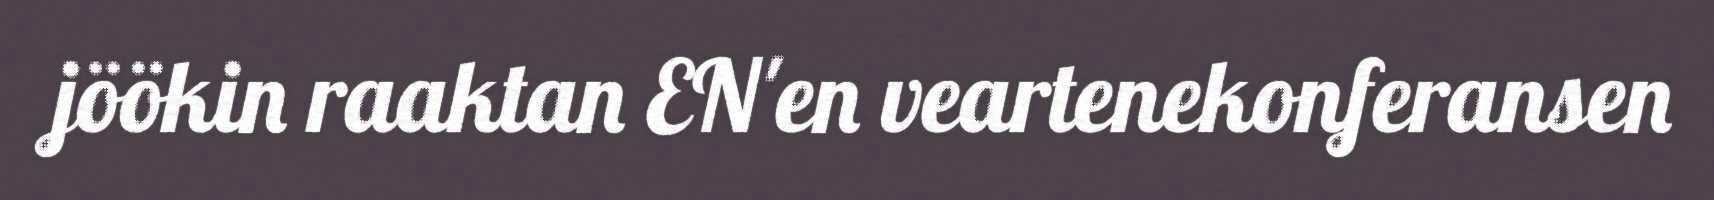
jöökin raaktan EN'en veartenekonferansen